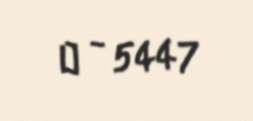
№ - 5447